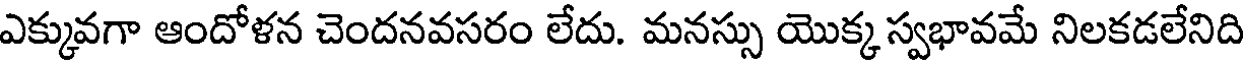
ఎక్కువగా ఆందోళన చెందనవసరం లేదు. మనస్సు యొక్క స్వభావమే నిలకడలేనిది